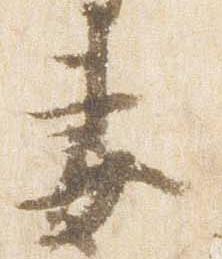
妻